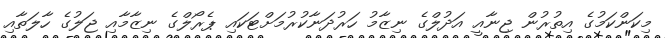
މިކަންކަމުގެ އިތުރުން ޖިނާއީ އަދުލްގެ ނިޒާމު ހަރުދަނާކުރުމަށްޓަކައި ޕެރޯލްގެ ނިޒާމާއި ޖަލުގެ ހާލަތާއި